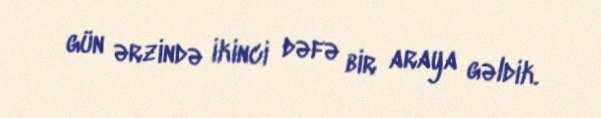
gün ərzində ikinci dəfə bir araya gəldik.